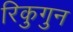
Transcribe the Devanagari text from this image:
रिकुगुन